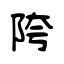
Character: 陓